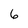
Character: 6